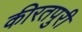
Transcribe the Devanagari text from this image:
कीरतपुरी